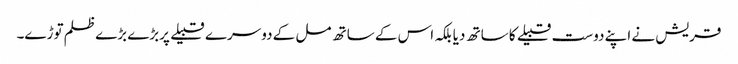
قریش نے اپنے دوست قبیلے کا ساتھ دیا بلکہ اس کے ساتھ مل کے دوسرے قبیلے پربڑے بڑے ظلم توڑے۔